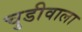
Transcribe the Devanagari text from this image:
चुडीवाला